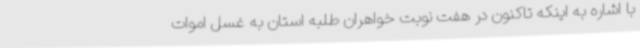
با اشاره به اینکه تاکنون در هفت نوبت خواهران طلبه استان به غسل اموات